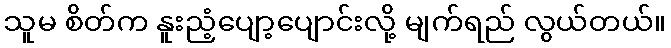
သူမ စိတ်က နူးညံ့ပျော့ပျောင်းလို့ မျက်ရည် လွယ်တယ်။